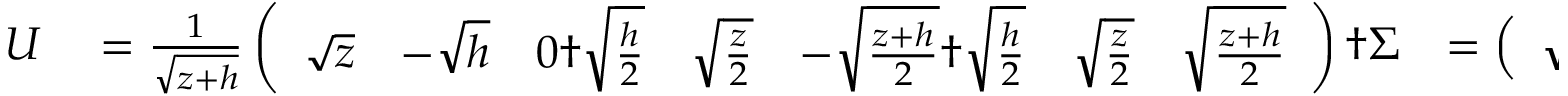
\begin{array} { r l r l } { U } & { { } = \frac { 1 } { \sqrt { z + h } } \left( \begin{array} { l l l l l l l } { \sqrt { z } } & { - \sqrt { h } } & { 0 \dag \sqrt { \frac { h } { 2 } } } & { \sqrt { \frac { z } { 2 } } } & { - \sqrt { \frac { z + h } { 2 } } \dag \sqrt { \frac { h } { 2 } } } & { \sqrt { \frac { z } { 2 } } } & { \sqrt { \frac { z + h } { 2 } } } \end{array} \right) \dag \Sigma } & { = \left( \begin{array} { l } { \sqrt { z + h } \dag 0 \dag 0 } \end{array} \right) \dag V } & { { } = 1 \dag , , } \end{array}